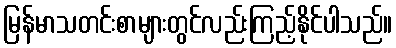
မြန်မာသတင်းစာများတွင်လည်းကြည့်နိုင်ပါသည်။